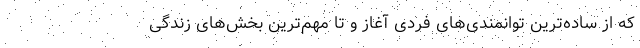
که از ساده‌ترین توانمندی‌های فردی آغاز و تا مهم‌ترین بخش‌های زندگی